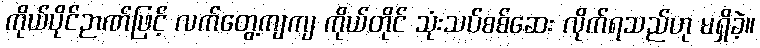
ကိုယ်ပိုင်ဉာဏ်ဖြင့် လက်တွေ့ကျကျ ကိုယ်တိုင် သုံးသပ်စစ်ဆေး လိုက်ရသည်ဟု မရှိခဲ့။